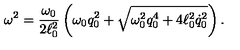
\omega ^ { 2 } = { \frac { \omega _ { 0 } } { 2 \ell _ { 0 } ^ { 2 } } } \left( \omega _ { 0 } q _ { 0 } ^ { 2 } + \sqrt { \omega _ { 0 } ^ { 2 } q _ { 0 } ^ { 4 } + 4 \ell _ { 0 } ^ { 2 } \dot { q } _ { 0 } ^ { 2 } } \right) .